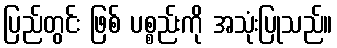
ပြည်တွင်း ဖြစ် ပစ္စည်းကို အသုံးပြုသည်။